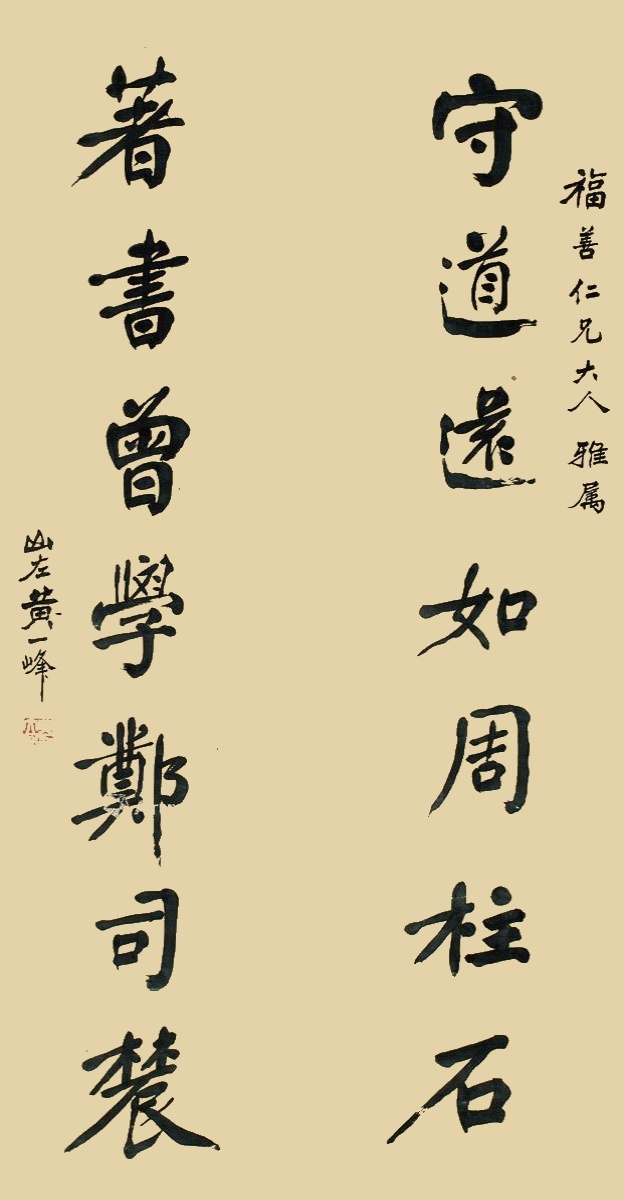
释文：守道还如周柱石，著书曾学郑司农。福善仁兄大人雅属，山左黄一峰。